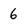
Character: 6